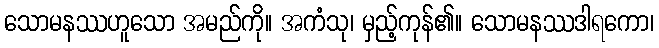
သောမနဿဟူသော အမည်ကို။ အကံသု၊ မှည့်ကုန်၏။ သောမနဿဒါရကော၊